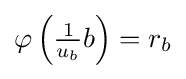
{\textstyle \varphi \left({\frac {1}{u_{b}}}b\right)=r_{b}}